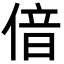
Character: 偣